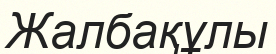
Жалбақұлы